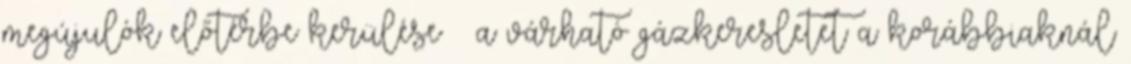
megújulók előtérbe kerülése – a várható gázkeresletet a korábbiaknál